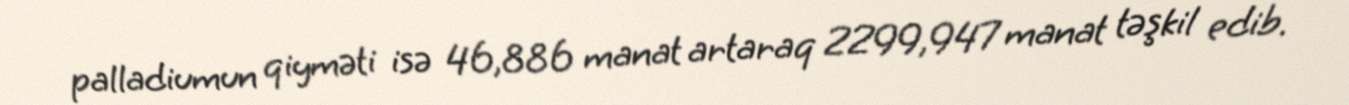
palladiumun qiyməti isə 46,886 manat artaraq 2299,947 manat təşkil edib.